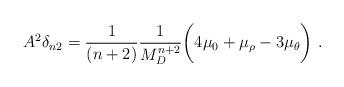
LaTeX: \begin{align*} A^2 \delta_{n2} = \frac{1}{(n+2)}\frac{1}{M_D^{n+2}}\bigg(4\mu_0+\mu_\rho -3\mu_\theta\bigg)~.\end{align*}